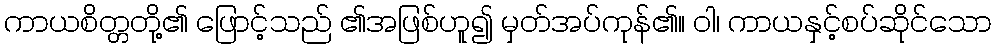
ကာယစိတ္တတို့၏ ဖြောင့်သည် ၏အဖြစ်ဟူ၍ မှတ်အပ်ကုန်၏။ ဝါ၊ ကာယနှင့်စပ်ဆိုင်သော